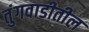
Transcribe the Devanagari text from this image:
तुंगवाडीतील